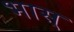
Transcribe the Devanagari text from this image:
भास्